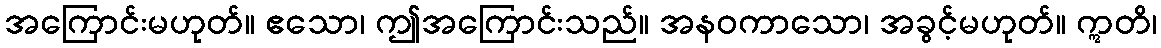
အကြောင်းမဟုတ်။ ဧသော၊ ဤအကြောင်းသည်။ အနဝကာသော၊ အခွင့်မဟုတ်။ ဣတိ၊